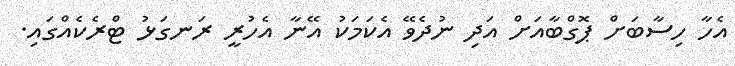
އެހާ ހިސާބަށް ޕޮގްބާއަށް އަދި ނުދެވޭ އެކަމަކު އޭނާ އެހުރީ ރަނގަޅު ޓްރެކެއްގައި.